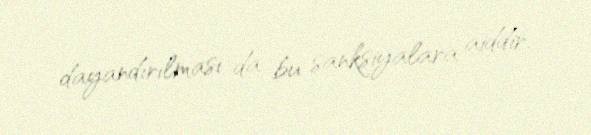
dayandırılması da bu sanksiyalara aiddir.